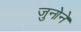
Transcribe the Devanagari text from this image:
जुनोने